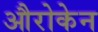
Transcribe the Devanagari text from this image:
औरोकेन